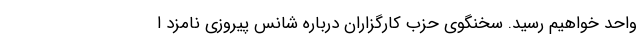
واحد خواهیم رسید. سخنگوی حزب کارگزاران درباره شانس پیروزی نامزد ا